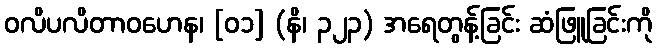
ဝလိပလိတာဝဟေန၊ [၀၁] (နိ၊ ၃၂၃) အရေတွန့်ခြင်း ဆံဖြူခြင်းကို